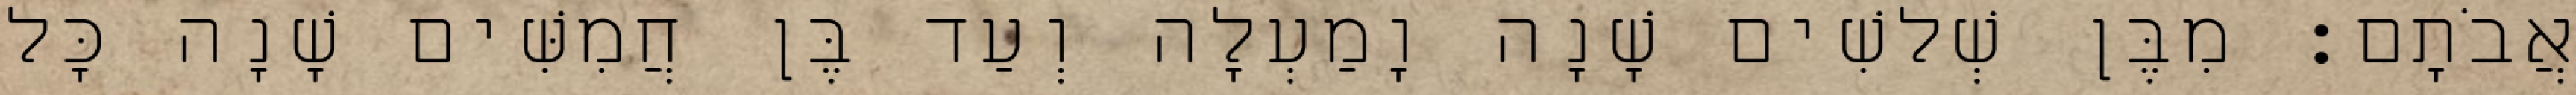
אֲבֹתָם׃ מִבֶּן שְׁלשִׁים שָׁנָה וָמַעְלָה וְעַד בֶּן חֲמִשִּׁים שָׁנָה כָּל